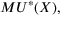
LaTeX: M U ^ { * } ( X ) ,